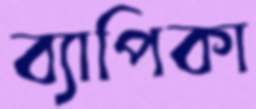
ব্যাপিকা